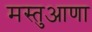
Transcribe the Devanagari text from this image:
मस्तुआणा